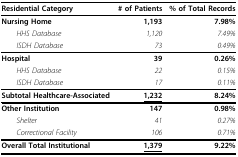
<table><thead><tr><td><b>Residential Category</b></td><td><b># of Patients</b></td><td><b>% of Total Records</b></td></tr></thead><tbody><tr><td><b>Nursing Home</b></td><td><b>1,193</b></td><td><b>7.98%</b></td></tr><tr><td> <i>HHS Database</i></td><td><i>1,120</i></td><td><i>7.49%</i></td></tr><tr><td> <i>ISDH Database</i></td><td><i>73</i></td><td><i>0.49%</i></td></tr><tr><td><b>Hospital</b></td><td><b>39</b></td><td><b>0.26%</b></td></tr><tr><td> <i>HHS Database</i></td><td><i>22</i></td><td><i>0.15%</i></td></tr><tr><td> <i>ISDH Database</i></td><td><i>17</i></td><td><i>0.11%</i></td></tr><tr><td><b>Subtotal Healthcare-Associated</b></td><td><b><underline>1,232</underline></b></td><td><b>8.24%</b></td></tr><tr><td><b>Other Institution</b></td><td><b>147</b></td><td><b>0.98%</b></td></tr><tr><td> <i>Shelter</i></td><td><i>41</i></td><td><i>0.27%</i></td></tr><tr><td> <i>Correctional Facility</i></td><td><i>106</i></td><td><i>0.71%</i></td></tr><tr><td><b>Overall Total Institutional</b></td><td><b><underline>1,379</underline></b></td><td><b>9.22%</b></td></tr></tbody></table>